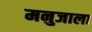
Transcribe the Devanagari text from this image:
मनुजाला